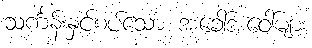
သင်္ကန်းနှင့်စပ်သော အခေါ်အဝေါ်များ